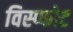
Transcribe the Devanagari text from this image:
विस्प्फोट